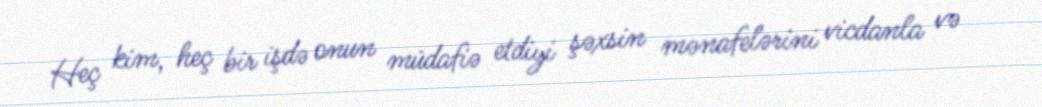
Heç kim, heç bir işdə onun müdafiə etdiyi şəxsin mənafelərini vicdanla və